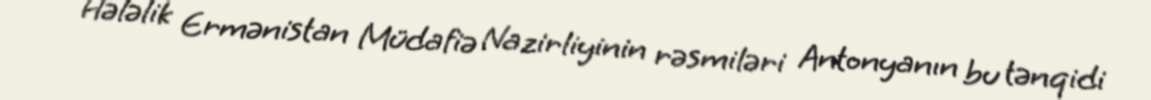
Hələlik Ermənistan Müdafiə Nazirliyinin rəsmiləri Antonyanın bu tənqidi